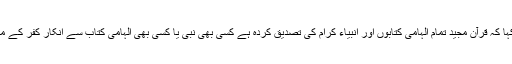
انہوں نے کہا کہ قرآن مجید تمام الہامی کتابوں اور انبیاء کرام کی تصدیق کردہ ہے کسی بھی نبی یا کسی بھی الہامی کتاب سے انکار کفر کے مترادف ہے۔